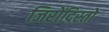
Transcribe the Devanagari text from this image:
जिरोंदिस्तो